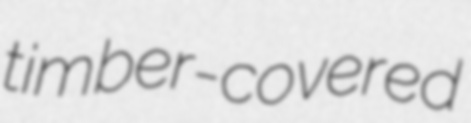
timber-covered